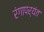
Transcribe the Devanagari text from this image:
रंगापर्यंत